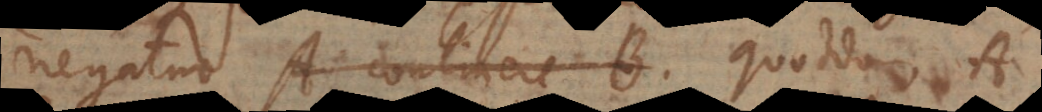
negatur A continere B quoddam A